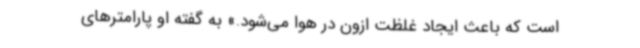
است که باعث ایجاد غلظت ازون در هوا می‌شود.» به گفته او پارامترهای